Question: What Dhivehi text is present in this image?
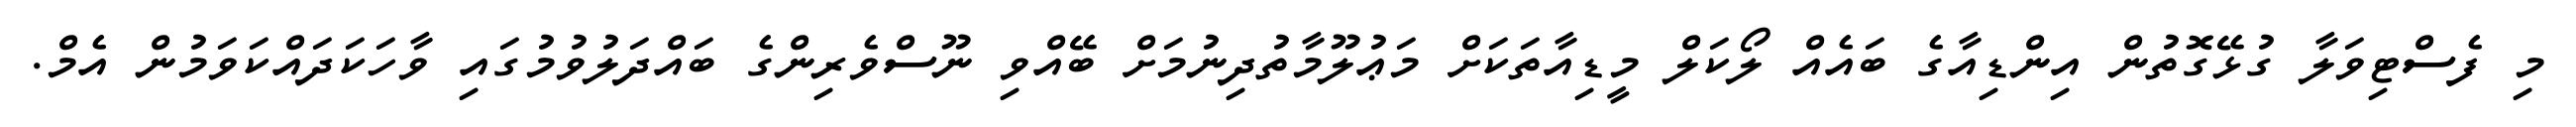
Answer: މި ފެސްޓިވަލާ ގުޅޭގޮތުން އިންޑިއާގެ ބައެއް ލޯކަލް މީޑިއާތަކަށް މަޢުލޫމާތުދިނުމަށް ބޭއްވި ނޫސްވެރިންގެ ބައްދަލުވުމުގައި ވާހަކަދައްކަވަމުން އެމް.